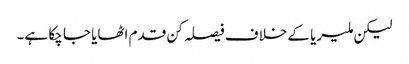
لیکن ملیریا کے خلاف فیصلہ کن قدم اٹھایا جا چکا ہے۔